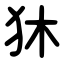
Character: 狇